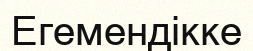
Егемендікке